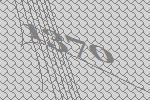
1370